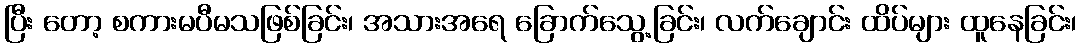
ပြီး တော့ စကားမပီမသဖြစ်ခြင်း၊ အသားအရေ ခြောက်သွေ့ခြင်း၊ လက်ချောင်း ထိပ်များ ထူနေခြင်း၊